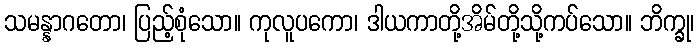
သမန္နာဂတော၊ ပြည့်စုံသော။ ကုလူပကော၊ ဒါယကာတို့အိမ်တို့သို့ကပ်သော။ ဘိက္ခု၊